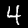
Label: 4